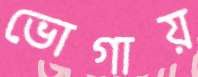
ভোগায়